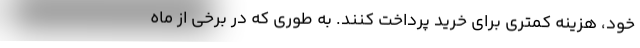
خود، هزینه کمتری برای خرید پرداخت کنند. به طوری که در برخی از ماه